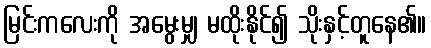
မြင်းကလေးကို အမွေးမျှ မထိုးနိုင်၍ သိုးနှင့်တူနေ၏။